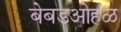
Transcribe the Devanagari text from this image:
बेबडओहळ